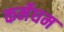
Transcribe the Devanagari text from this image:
कर्मेघम